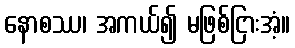
နောစဿ၊ အကယ်၍ မဖြစ်ငြားအံ့။